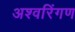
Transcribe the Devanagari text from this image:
अश्वरिंगण